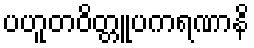
ပဟူတဝိတ္တူပကရဏာနိ